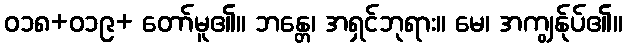
ဝ၁၈+ဝ၁၉+ တော်မူ၏။ ဘန္တေ၊ အရှင်ဘုရား။ မေ၊ အကျွန်ုပ်၏။